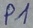
Text: P1